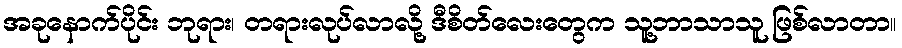
အခုနောက်ပိုင်း ဘုရား၊ တရားလုပ်လာလို့ ဒီစိတ်လေးတွေက သူ့ဘာသာသူ ဖြစ်လာတာ။